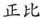
正比